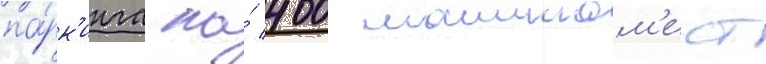
па́рк'инга на́ 400 машином'ест